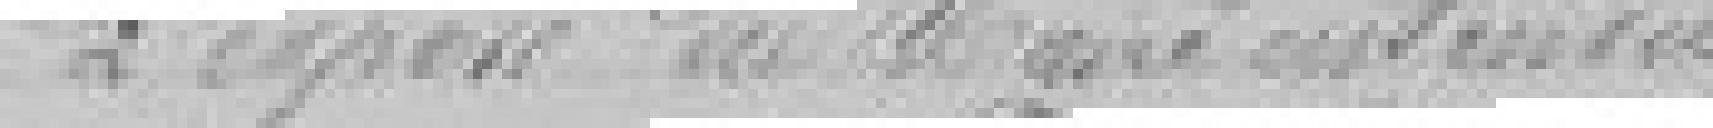
L'exposé du Maire entendu,